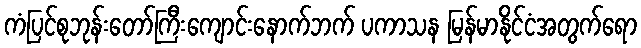
ကံပြင်စုဘုန်းတော်ကြီးကျောင်းနောက်ဘက် ပကာသန မြန်မာနိုင်ငံအတွက်ရော